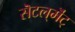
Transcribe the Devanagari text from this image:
सॆटल्‌मॆंट्